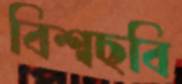
বিশ্বছবি